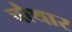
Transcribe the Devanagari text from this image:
चौथार